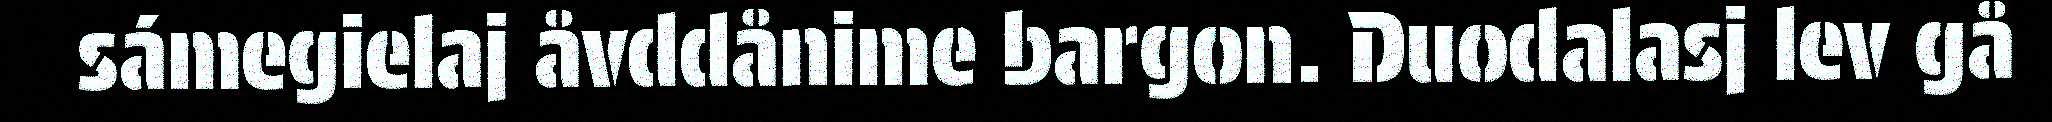
sámegielaj åvddånime bargon. Duodalasj lev gå